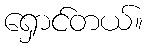
ရှောင်တယ်။